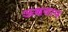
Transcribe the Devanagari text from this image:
अक्षवाप